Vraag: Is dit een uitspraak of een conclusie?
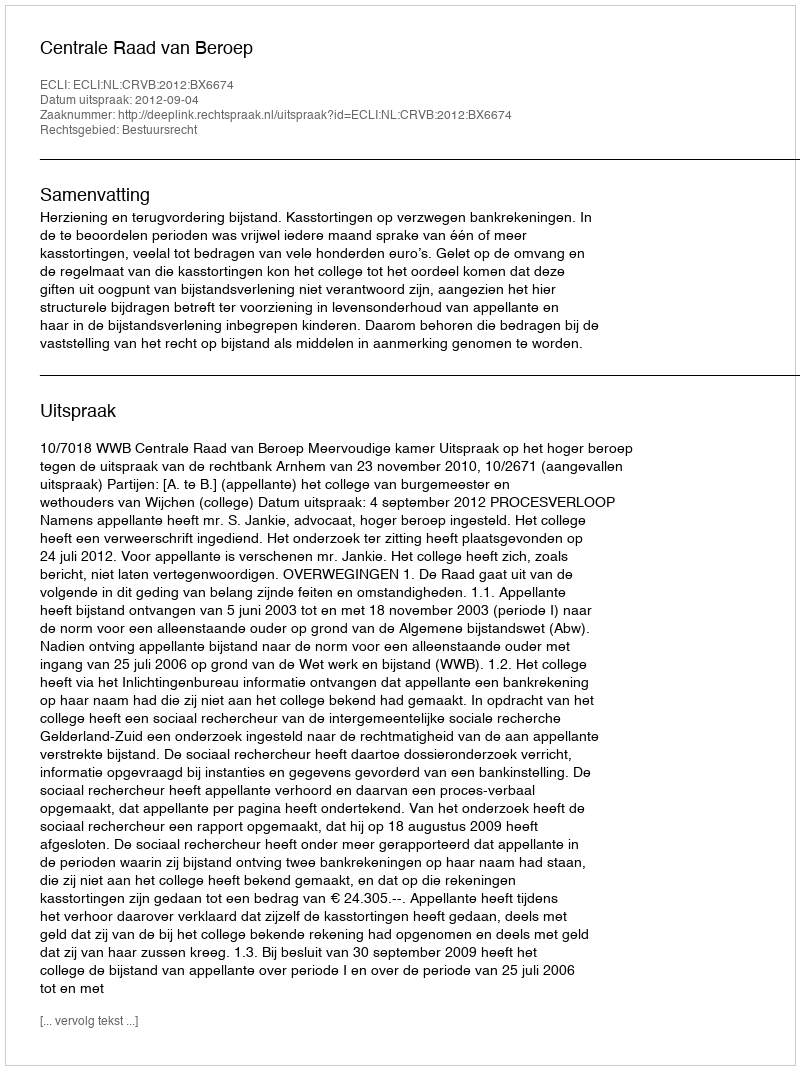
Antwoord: Uitspraak